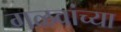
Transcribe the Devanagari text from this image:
गळवांच्या